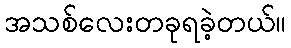
အသစ်လေးတခုရခဲ့တယ်။